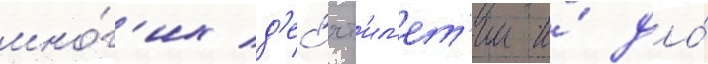
мно́г'их д'ес'ят'ил'ет'ии и́ до́